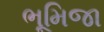
ભૂમિજા